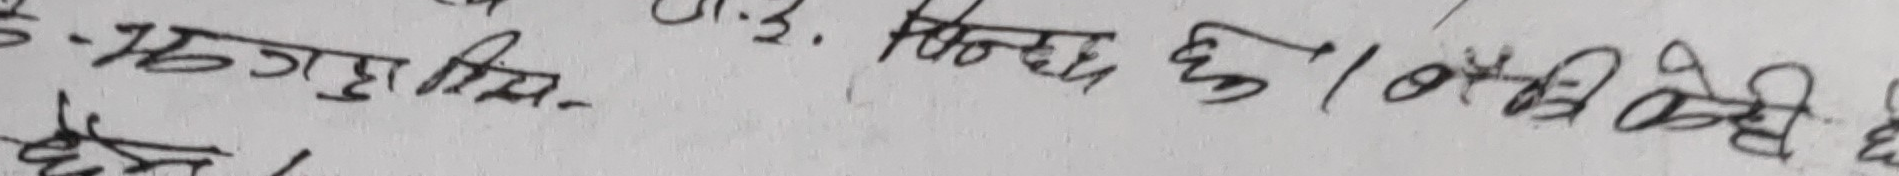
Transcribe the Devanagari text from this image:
४७- म०गु.सि.
उ.३. हुन्छ छु। १० औं सिढी देखी